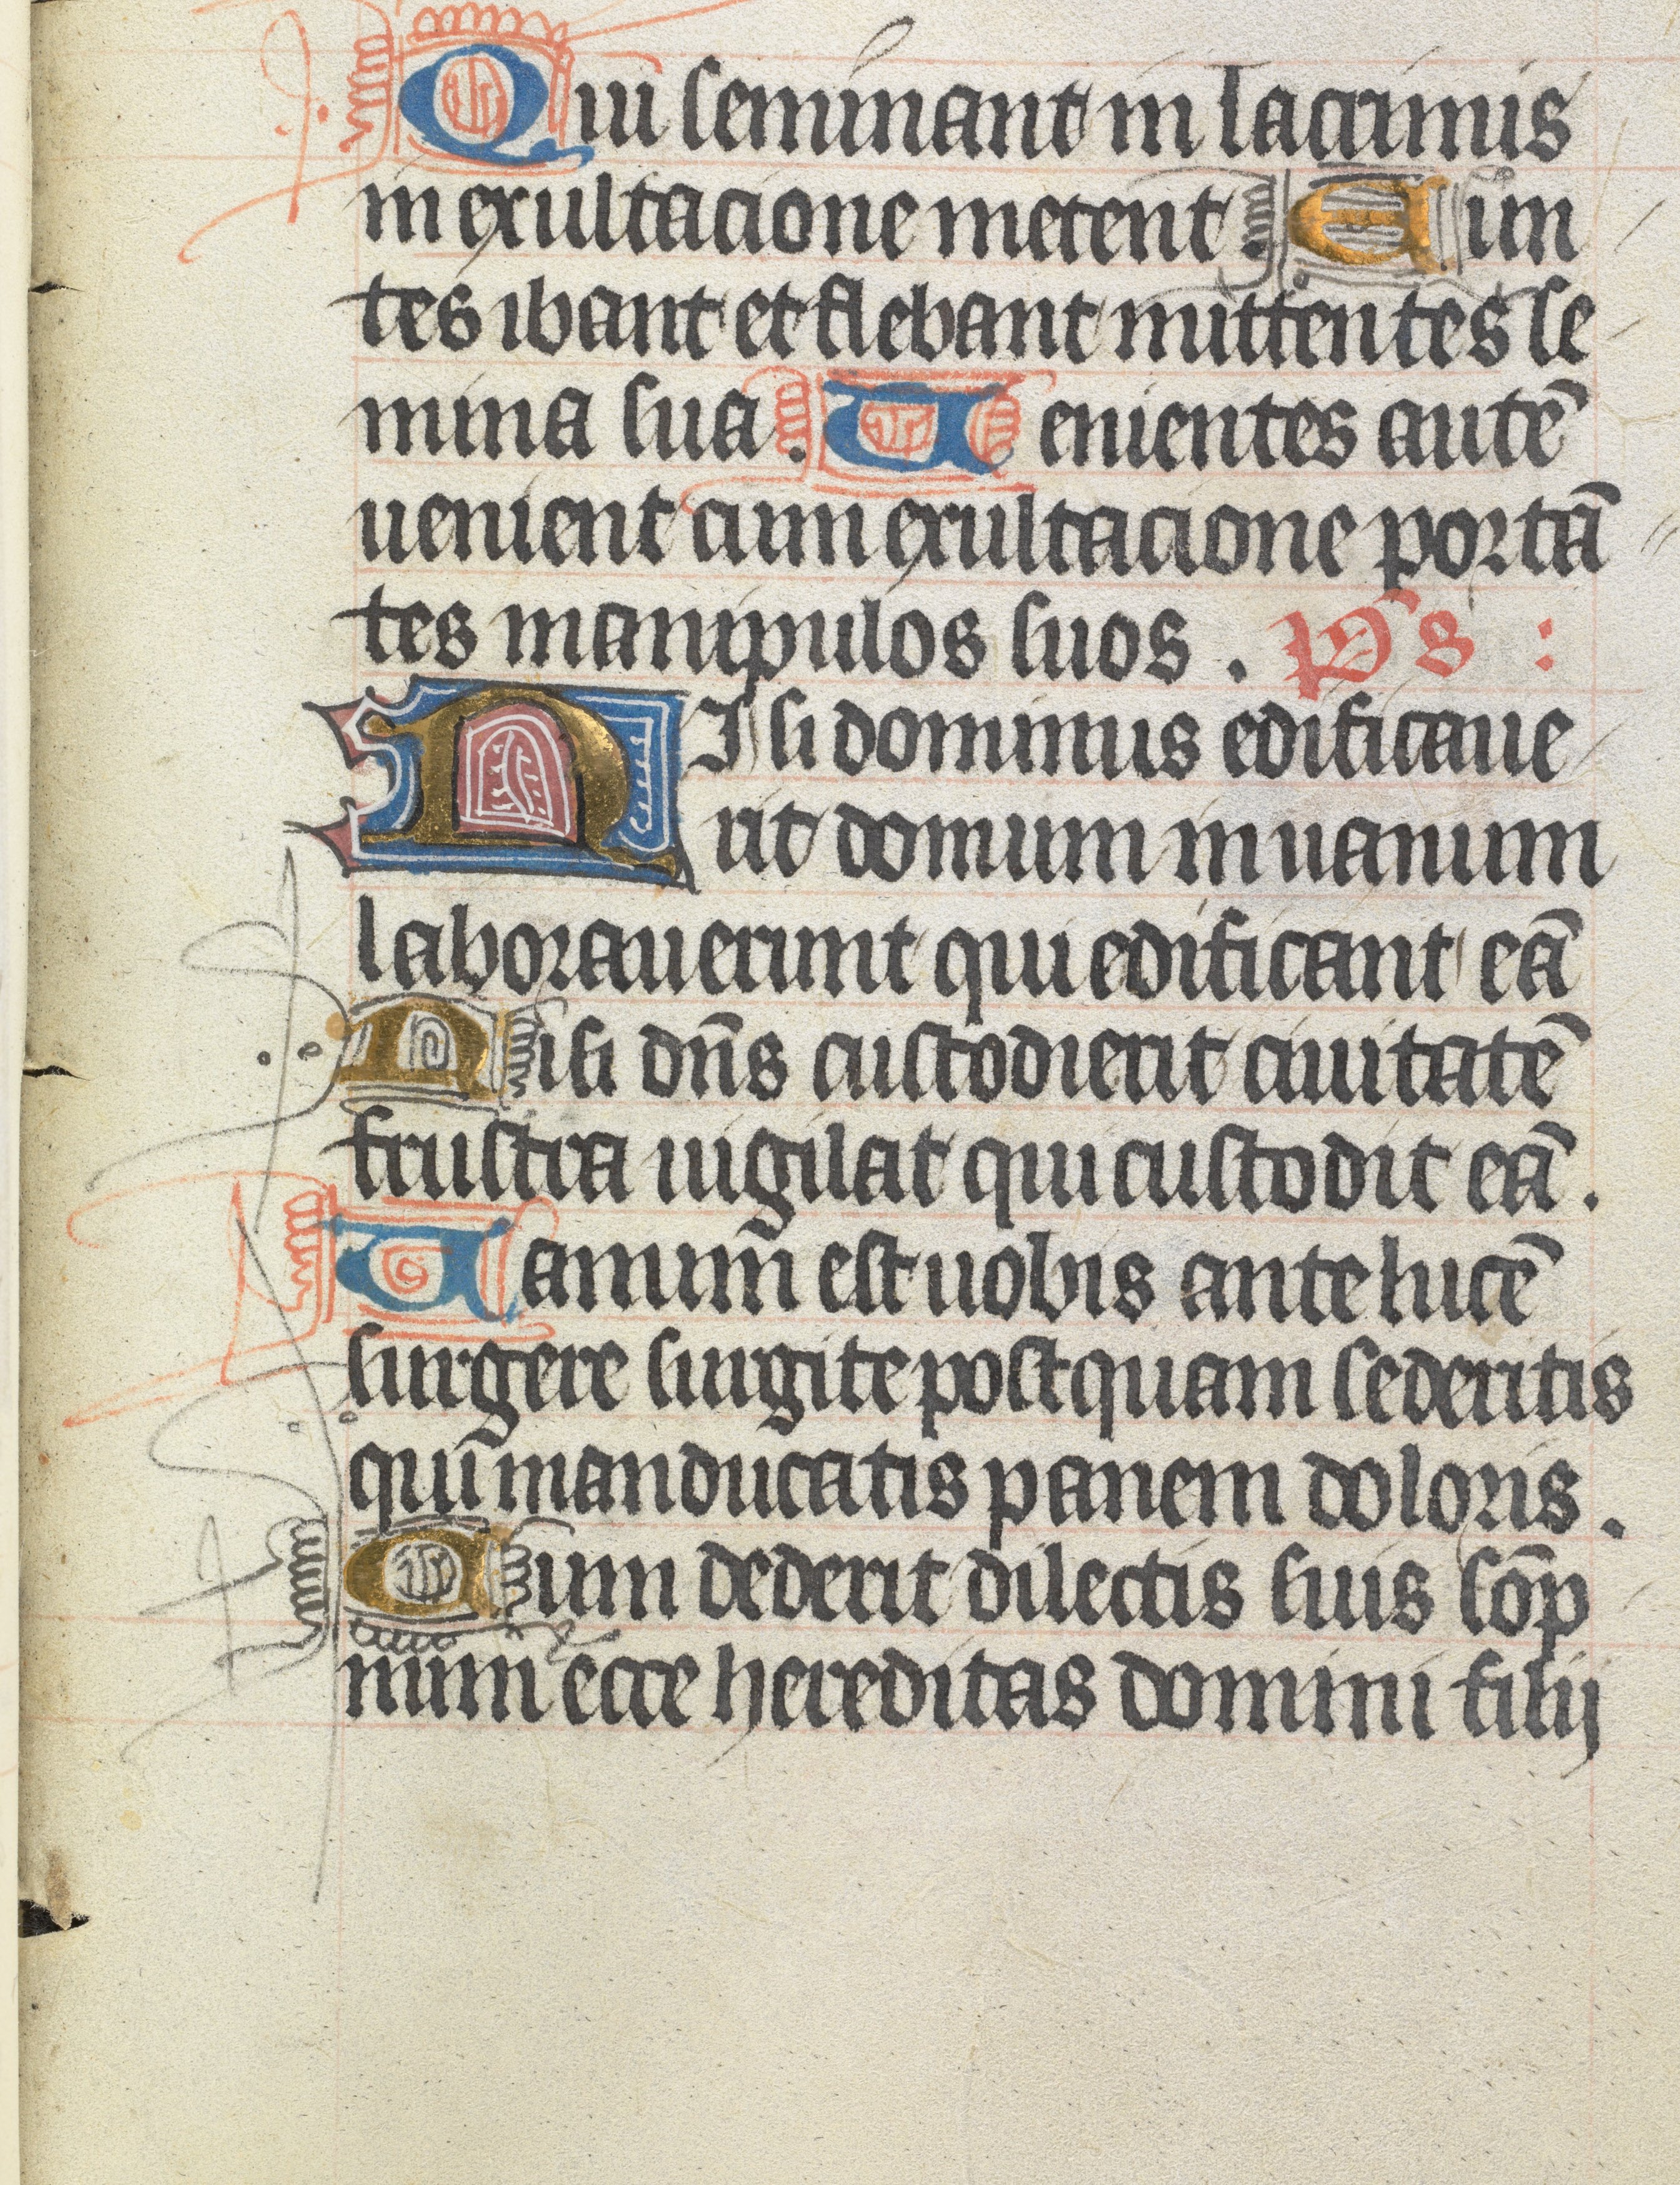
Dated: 1400–1499